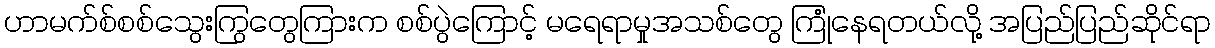
ဟာမက်စ်စစ်သွေးကြွတွေကြားက စစ်ပွဲကြောင့် မရေရာမှုအသစ်တွေ ကြုံနေရတယ်လို့ အပြည်ပြည်ဆိုင်ရာ